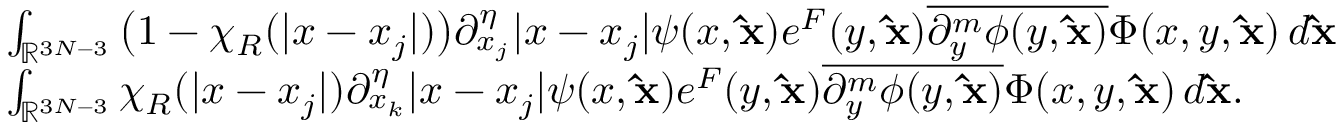
\begin{array} { r l } & { \int _ { \mathbb { R } ^ { 3 N - 3 } } \big ( 1 - \chi _ { R } ( | x - x _ { j } | ) \big ) \partial _ { x _ { j } } ^ { \eta } | x - x _ { j } | \psi ( x , \mathbf { \hat { x } } ) e ^ { F } ( y , \mathbf { \hat { x } } ) \overline { { \partial _ { y } ^ { m } \phi ( y , \mathbf { \hat { x } } ) } } \Phi ( x , y , \mathbf { \hat { x } } ) \, d \mathbf { \hat { x } } } \\ & { \int _ { \mathbb { R } ^ { 3 N - 3 } } \chi _ { R } ( | x - x _ { j } | ) \partial _ { x _ { k } } ^ { \eta } | x - x _ { j } | \psi ( x , \mathbf { \hat { x } } ) e ^ { F } ( y , \mathbf { \hat { x } } ) \overline { { \partial _ { y } ^ { m } \phi ( y , \mathbf { \hat { x } } ) } } \Phi ( x , y , \mathbf { \hat { x } } ) \, d \mathbf { \hat { x } } . } \end{array}